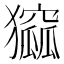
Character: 㺠